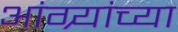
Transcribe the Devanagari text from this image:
आंग्र्यांच्या